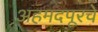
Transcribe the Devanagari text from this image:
अहमदपूरचे